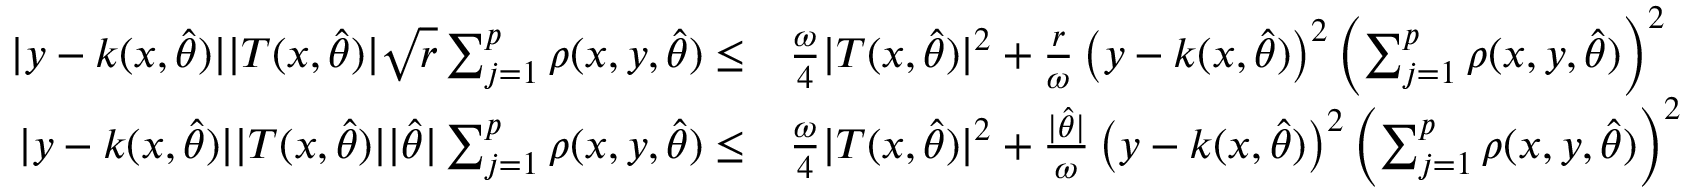
\begin{array} { r l } { \vert y - k ( x , \hat { \theta } ) \vert \vert T ( x , \hat { \theta } ) \vert \sqrt { r } \sum _ { j = 1 } ^ { p } \rho ( x , y , \hat { \theta } ) \leq } & { \frac { \omega } { 4 } \vert T ( x , \hat { \theta } ) \vert ^ { 2 } + \frac { r } { \omega } \left( y - k ( x , \hat { \theta } ) \right) ^ { 2 } \left( \sum _ { j = 1 } ^ { p } \rho ( x , y , \hat { \theta } ) \right) ^ { 2 } } \\ { \vert y - k ( x , \hat { \theta } ) \vert \vert T ( x , \hat { \theta } ) \vert \vert \hat { \theta } \vert \sum _ { j = 1 } ^ { p } \rho ( x , y , \hat { \theta } ) \leq } & { \frac { \omega } { 4 } \vert T ( x , \hat { \theta } ) \vert ^ { 2 } + \frac { \vert \hat { \theta } \vert } { \omega } \left( y - k ( x , \hat { \theta } ) \right) ^ { 2 } \left( \sum _ { j = 1 } ^ { p } \rho ( x , y , \hat { \theta } ) \right) ^ { 2 } } \end{array}